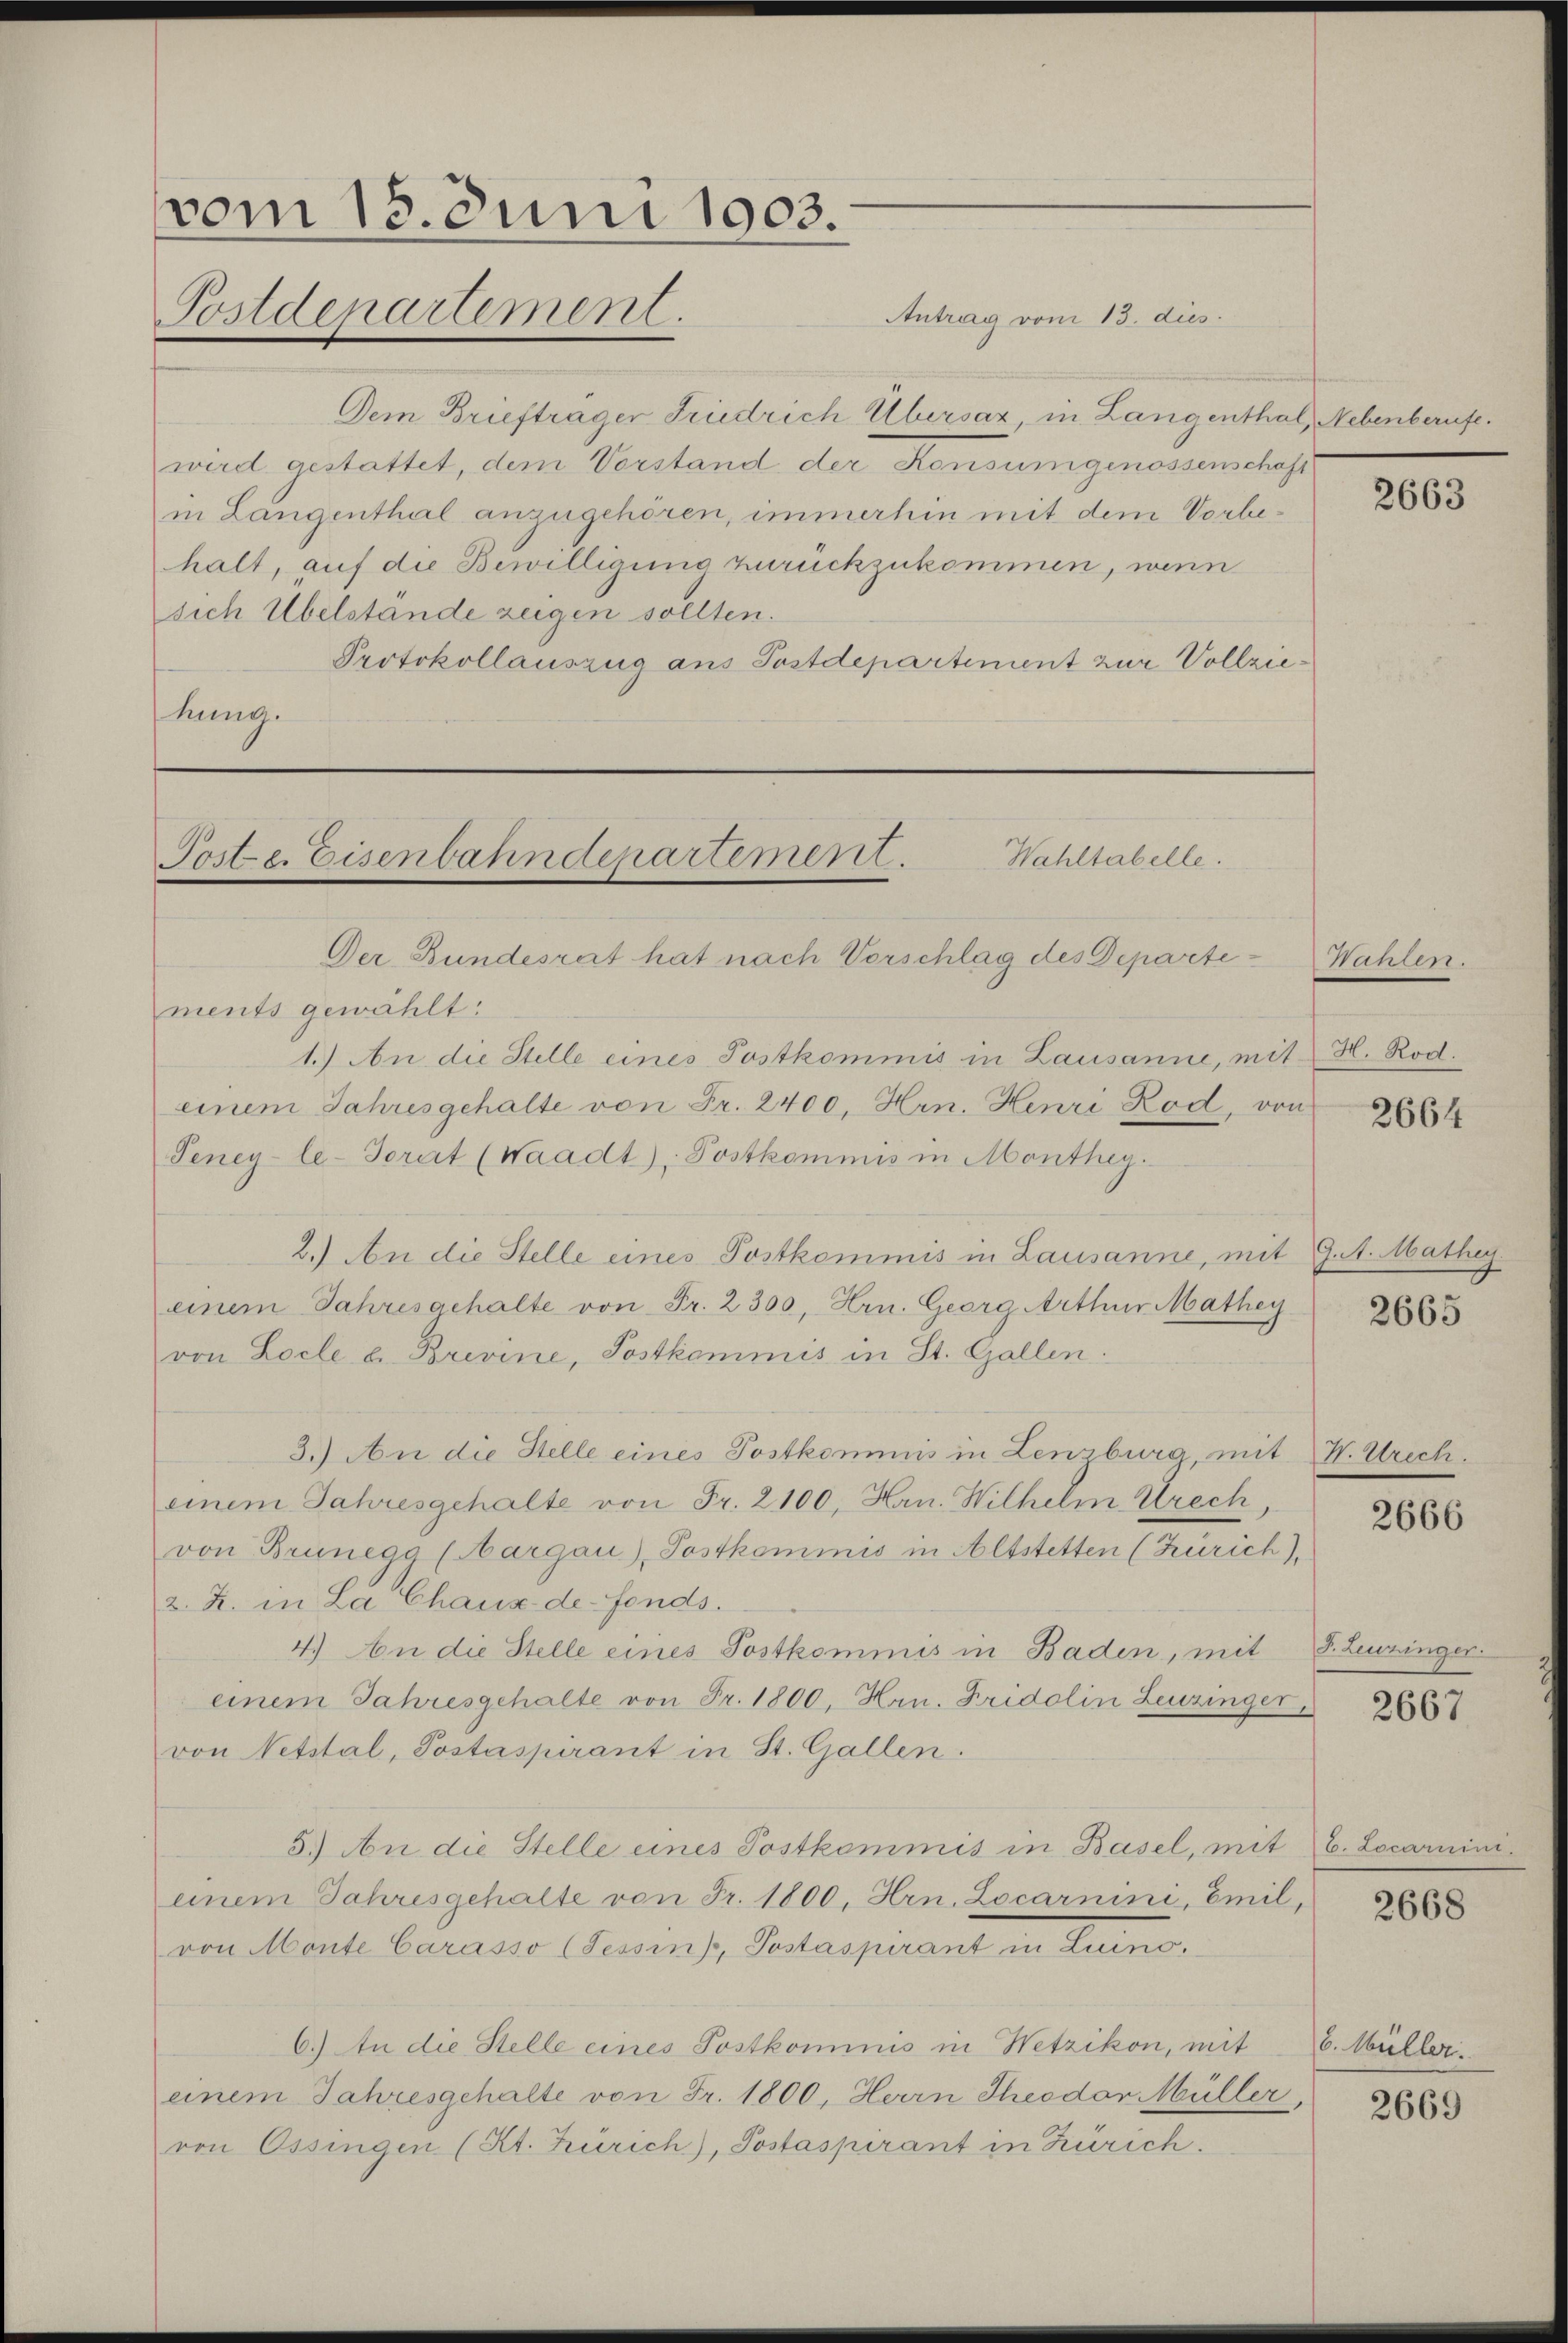
vom 18. Juni 1903.
Postdepartement.

Dem Briefträger Friedrich Übersaz, in Langenthal, Nebenberufe.
wird gestattet, dem Vorstand der Konsumgenossenschaft
in Längenthal anzugehören, immerhin mit dem Vorbehalt, auf die Bewilligung zurückzukommen, wenn
sich Übelstände zeigen sollten.
Protokollauszug aus Postdepartement zur Vollziehung.

Wahltabelle.
Poste. Eisenbahndepartement.

Der Bundesrat hat nach Vorschlag des Departe

Antrag vom 13. dus.

ments gewählt:
1.) An die Stelle eines Postkommis in Lausanne, mit H. Rod.
einem Jahresgehalte von Fr. 2400. Hrn. Henri Rod, von
Peney-le-Torat (Waadt, Postkommis in Monthey
2.) An die Stelle eines Postkommis in Lausanne, mit 9. 1. Mathey
einem Jahresgehalte von Fr. 2300, Hrn. Georg Arthur Mathey
von Locle u. Brevine, Postkommis in St. Gallen.
3.) An die Stelle eines Postkommis in Lenzburg, mit H. Strecheinem Jahresgehalte von Fr. 2100, Hrn. Wilhelm Brech,
von Brunegg (Aargau), Postkommis in Altstetten (Zürich),
2. Z. in La Chaux-de-Fonds.
4.) An die Stelle eines Postkommis in Baden, mit 8. Leuzinger.
einem Jahresgehalte von Fr. 1800, Hrn. Fridolin Leuzinger
von Netstal, Postaspirant in St. Gallen.
5.) An die Stelle eines Postkommis in Basel, mit
einem Jahresgehalte von Fr. 1800, Hrn. Locarnini, Emil,
von Mente Carasso (Tessin, Postaspirant in Luino.
6.) An die Stelle eines Postkommnis in Wetzikon, mit 6. Müller
einem Jahresgehalte von Fr. 1800, Herrn Theodor Müller,
von Ossingen (Kt. Zürich), Postaspirant in Zürich.

2663

Bavier.

2664

2665

2666

2667

6. Locareini

2668

2669